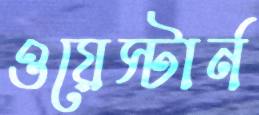
ওয়েস্টার্ন